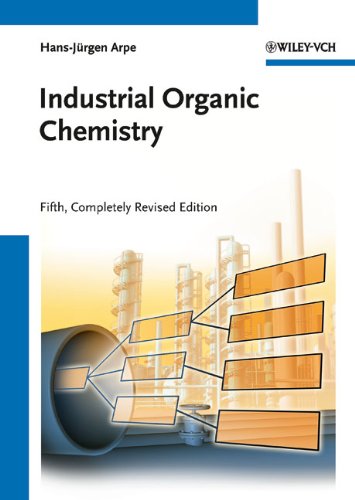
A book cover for Industrial Organic Chemistry; Hans-JÃ¼rgen Arpe; Science & Math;